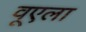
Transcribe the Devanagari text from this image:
वूएला